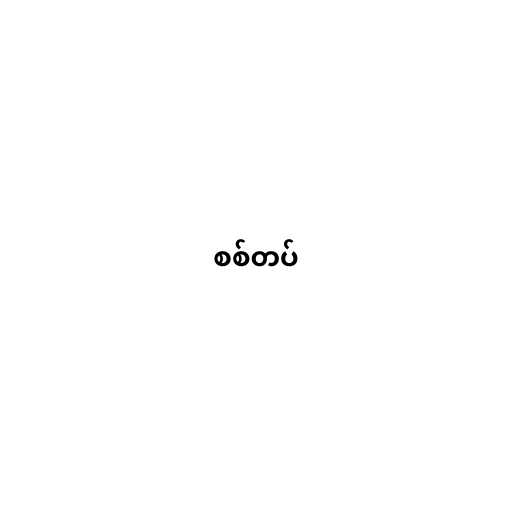
စစ်တပ်